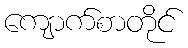
ကျောက်စာတိုင်